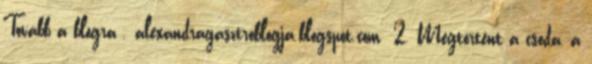
Tovább a blogra . alexandragasztroblogja.blogspot.com 2. Megtörtént a csoda, a